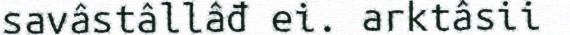
savâstâllâđ ei. arktâsii